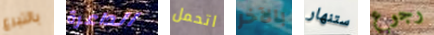
بالتبرع الداعرة اتحمل بالآخر ستنهار رجوع